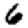
Digit: 6